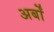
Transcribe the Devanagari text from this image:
अर्बों